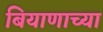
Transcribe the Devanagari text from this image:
बियाणाच्या